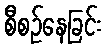
စီစဉ်နေခြင်း